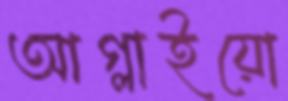
আগ্‌লাইয়ো